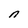
Character: n